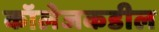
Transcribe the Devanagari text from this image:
कॉलेजकडील